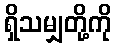
ရှိသမျှတို့ကို